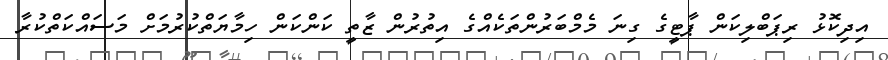
އިދިކޮޅު ރިޕަބްލިކަން ޕާޓީގެ ގިނަ މެމްބަރުންތަކެއްގެ އިތުރުން ޒާތީ ކަންކަން ހިމާޔަތްކުރުމަށް މަސައްކަތްކުރާ